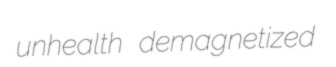
unhealth demagnetized